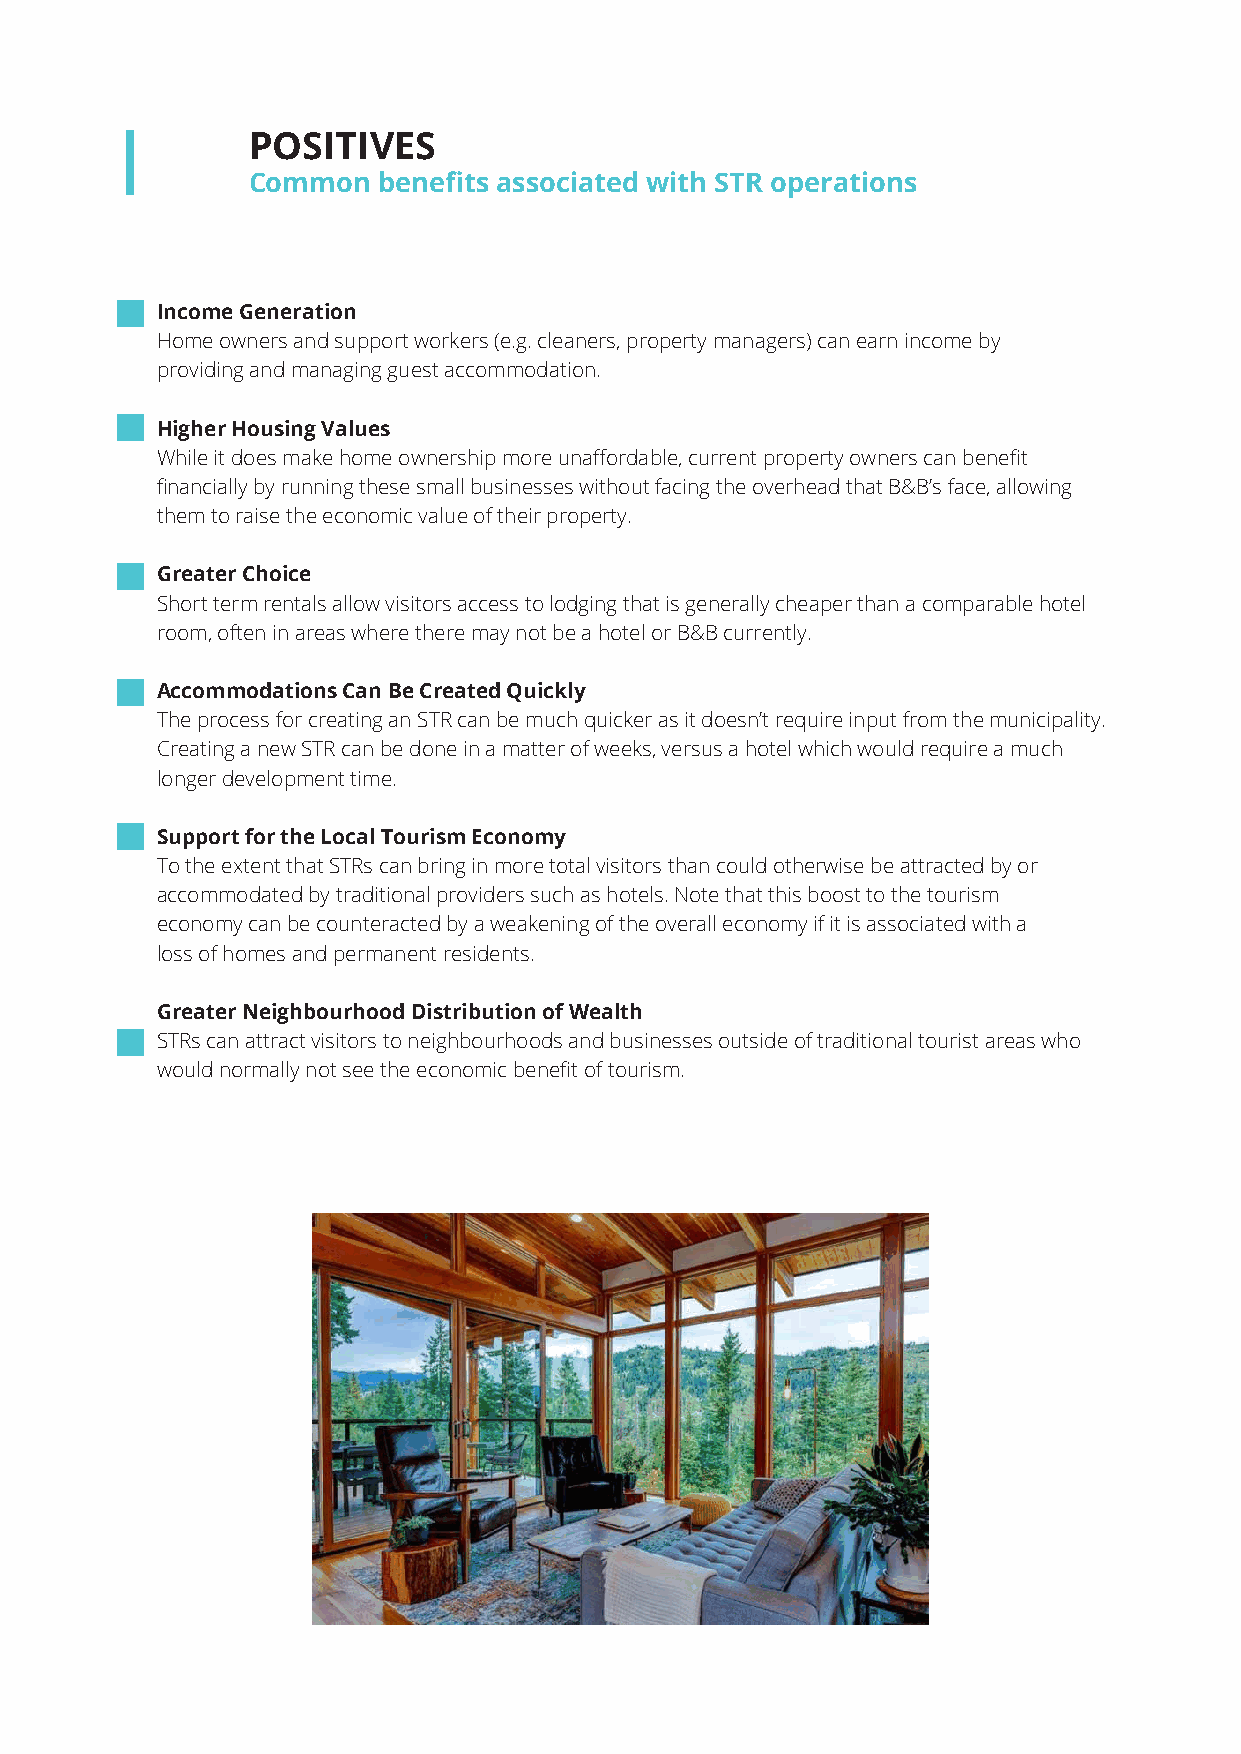
POSITIVES
 Common   benefits associated with STR operations
 Income Generation
 Home owners and support workers (e.g. cleaners, property managers) can earn income by
 providing and managing guest accommodation.
 Higher Housing Values
 While it does make home ownership more unaffordable, current property owners can benefit
 financially by running these small businesses without facing the overhead that B&B’s face, allowing
 them to raise the economic value of their property.
 Greater Choice
 Short term rentals allow visitors access to lodging that is generally cheaper than a comparable hotel
 room, often in areas where there may not be a hotel or B&B currently.
 Accommodations Can Be Created Quickly
 The process for creating an STR can be much quicker as it doesn’t require input from the municipality.
 Creating a new STR can be done in a matter of weeks, versus a hotel which would require a much
 longer development time.
 Support for the Local Tourism Economy
 To the extent that STRs can bring in more total visitors than could otherwise be attracted by or
 accommodated by traditional providers such as hotels. Note that this boost to the tourism
 economy can be counteracted by a weakening of the overall economy if it is associated with a
 loss of homes and permanent residents.
 Greater Neighbourhood Distribution of Wealth
 STRs can attract visitors to neighbourhoods and businesses outside of traditional tourist areas who
 would normally not see the economic benefit of tourism.
 Web design & development for Company Name 4